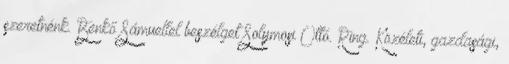
szeretnénk. Benkő Sámuellel beszélget Solymosi Ottó. Ring. Közéleti, gazdasági,